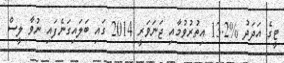
ޓީގެ އަދަދު %13.2 އިތުރުވުމާއި ޖަނަވަރީ 2014 ގައި ބަލައިގަނެފައި ނުވާ ލީސް